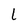
Character: l